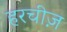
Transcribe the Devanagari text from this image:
हरचीज़